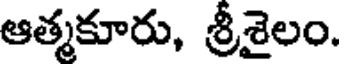
ఆత్మకూరు, శ్రీశైలం.